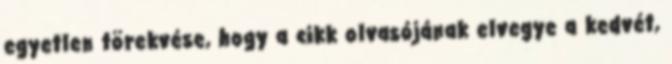
egyetlen törekvése, hogy a cikk olvasójának elvegye a kedvét,